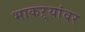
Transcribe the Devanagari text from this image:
भाकऱ्यांवर